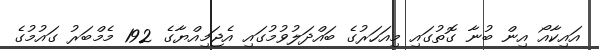
އައިކާއޯ އިން ބުނާ ގޮތުގައި މިއަހަރުގެ ބައްދަލުވުމުގައި އެޖަމިއްޔާގެ 192 މެމްބަރު ގައުމުގެ